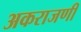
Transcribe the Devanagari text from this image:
अकराजणी